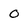
Character: 0